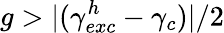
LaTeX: g>|(\gamma_{exc}^{h}-\gamma_{c})|/2